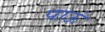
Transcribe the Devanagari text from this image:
पाऊं